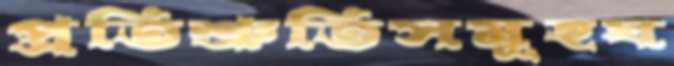
প্রতিশ্রুতিসমূহঘ